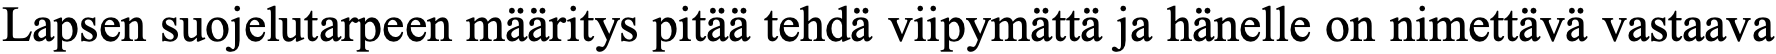
Lapsen suojelutarpeen määritys pitää tehdä viipymättä ja hänelle on nimettävä vastaava